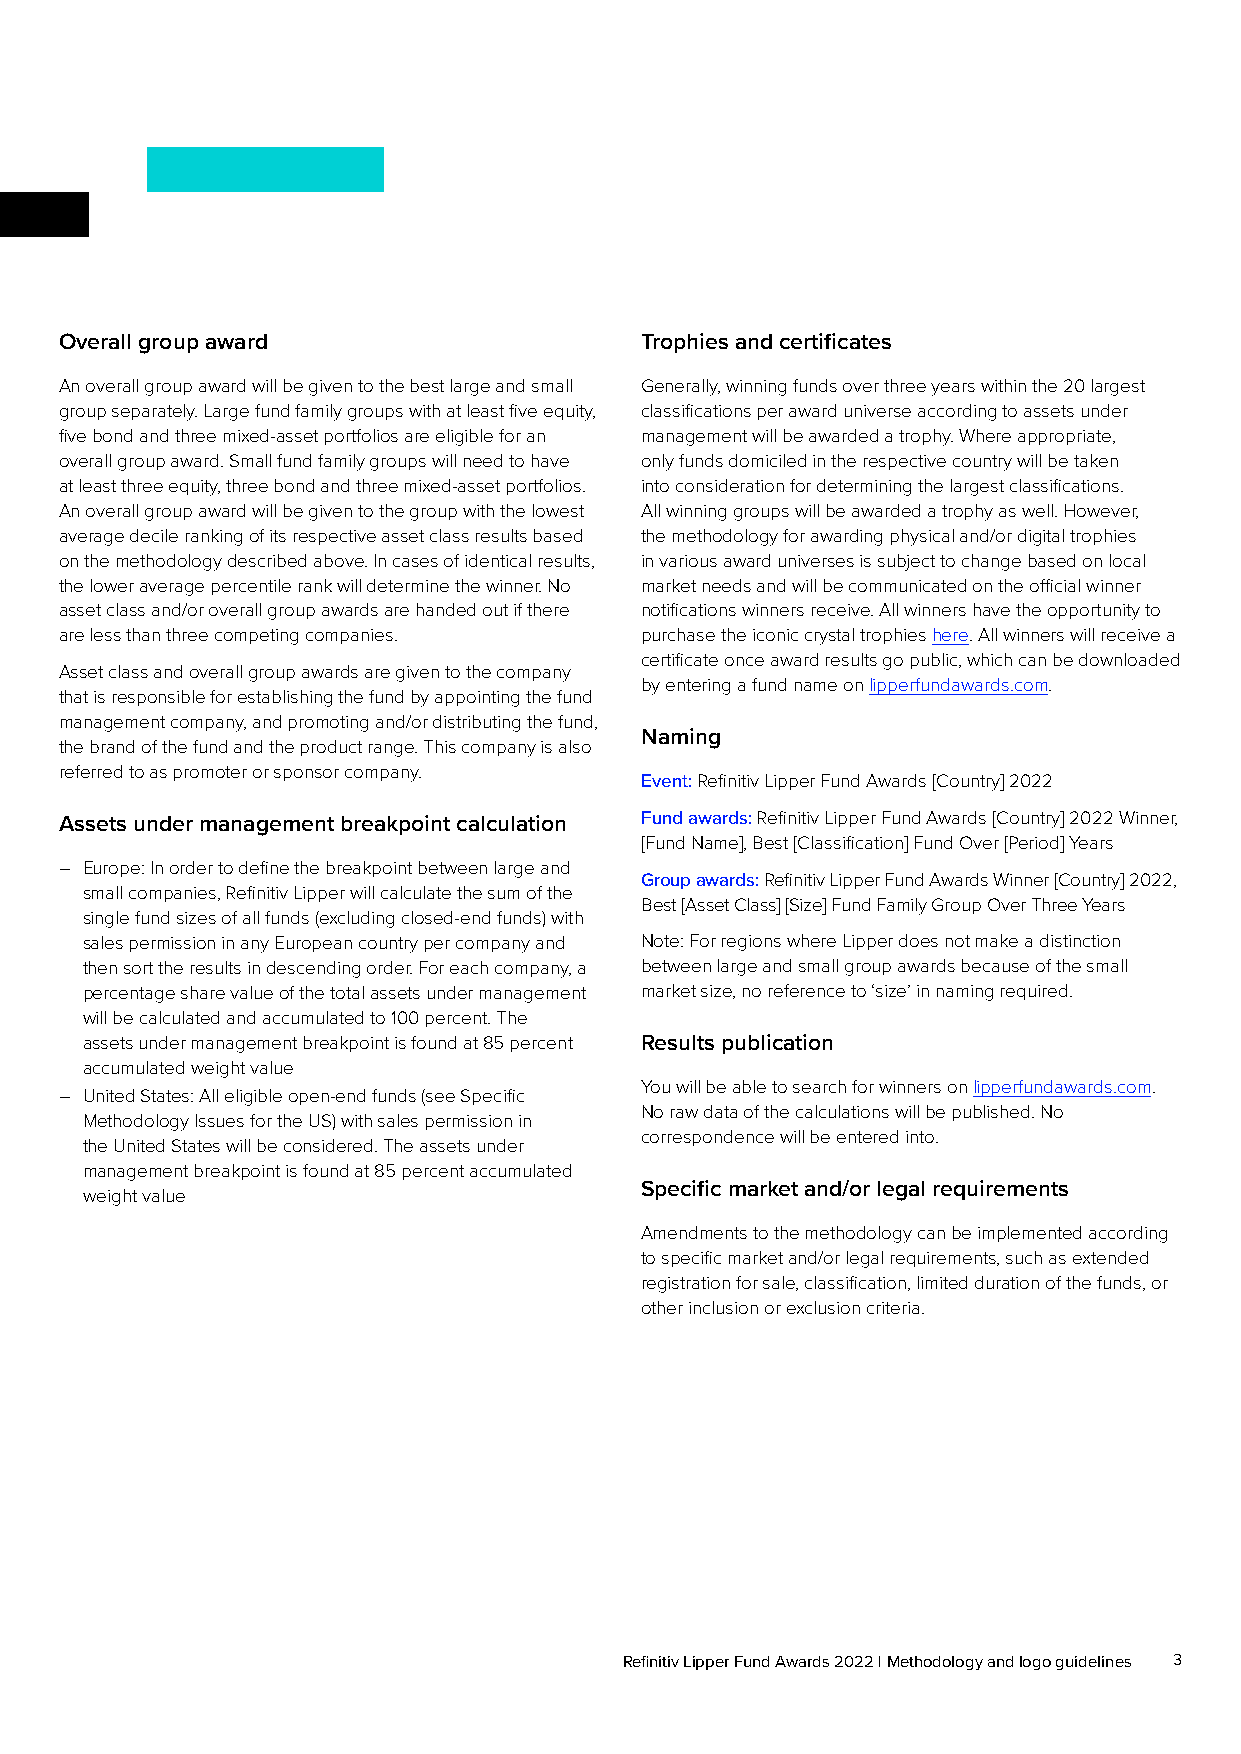
Overall group award                   Trophies and certificates
 An overall group award will be given to the best large and small Generally, winning funds over three years within the 20 largest
 group separately. Large fund family groups with at least five equity, classifications per award universe according to assets under
 five bond and three mixed-asset portfolios are eligible for an management will be awarded a trophy. Where appropriate,
 overall group award. Small fund family groups will need to have only funds domiciled in the respective country will be taken
 at least three equity, three bond and three mixed-asset portfolios. into consideration for determining the largest classifications.
 An overall group award will be given to the group with the lowest All winning groups will be awarded a trophy as well. However,
 average decile ranking of its respective asset class results based the methodology for awarding physical and/or digital trophies
 on the methodology described above. In cases of identical results, in various award universes is subject to change based on local
 the lower average percentile rank will determine the winner. No market needs and will be communicated on the official winner
 asset class and/or overall group awards are handed out if there notifications winners receive. All winners have the opportunity to
 are less than three competing companies. purchase the iconic crystal trophies here. All winners will receive a
 certificate once award results go public, which can be downloaded
 Asset class and overall group awards are given to the company
 by entering a fund name on lipperfundawards.com.
 that is responsible for establishing the fund by appointing the fund
 management company, and promoting and/or distributing the fund,
 Naming
 the brand of the fund and the product range. This company is also
 referred to as promoter or sponsor company.
 Event: Refinitiv Lipper Fund Awards [Country] 2022
 Assets under management breakpoint calculation Fund awards: Refinitiv Lipper Fund Awards [Country] 2022 Winner,
 [Fund Name], Best [Classification] Fund Over [Period] Years
 – Europe: In order to define the breakpoint between large and
 Group awards: Refinitiv Lipper Fund Awards Winner [Country] 2022,
 small companies, Refinitiv Lipper will calculate the sum of the
 Best [Asset Class] [Size] Fund Family Group Over Three Years
 single fund sizes of all funds (excluding closed-end funds) with
 sales permission in any European country per company and Note: For regions where Lipper does not make a distinction
 then sort the results in descending order. For each company, a between large and small group awards because of the small
 percentage share value of the total assets under management market size, no reference to ‘size’ in naming required.
 will be calculated and accumulated to 100 percent. The
 assets under management breakpoint is found at 85 percent Results publication
 accumulated weight value
 You will be able to search for winners on lipperfundawards.com.
 – United States: All eligible open-end funds (see Specific
 No raw data of the calculations will be published. No
 Methodology Issues for the US) with sales permission in
 correspondence will be entered into.
 the United States will be considered. The assets under
 management breakpoint is found at 85 percent accumulated
 Specific market and/or legal requirements
 weight value
 Amendments to the methodology can be implemented according
 to specific market and/or legal requirements, such as extended
 registration for sale, classification, limited duration of the funds, or
 other inclusion or exclusion criteria.
 Refinitiv Lipper Fund Awards 2022 | Methodology and logo guidelines 3